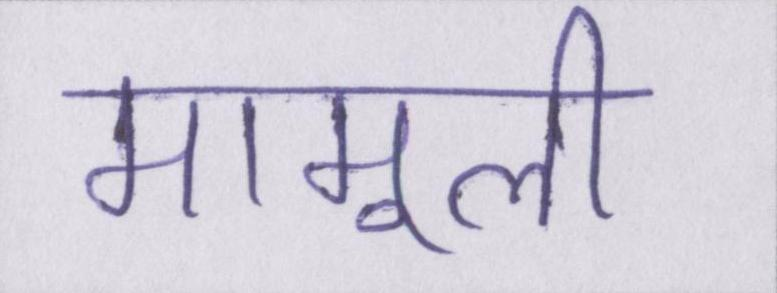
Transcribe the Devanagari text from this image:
मामूली